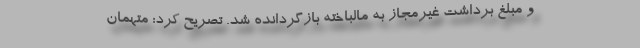
و مبلغ برداشت غیرمجاز به مالباخته بازگردانده شد. تصریح کرد: متهمان